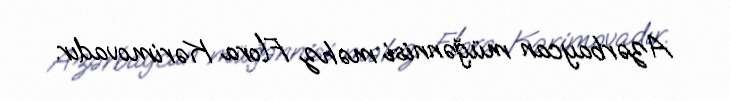
Azərbaycan müğənnisi məhz Flora Kərimovadır.